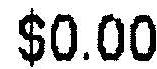
$0.00